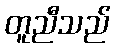
တူညီသည်